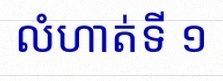
លំហាត់ទី ១